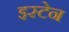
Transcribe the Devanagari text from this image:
इस्टेन